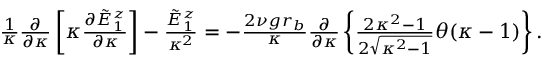
\begin{array} { r } { \frac { 1 } { \kappa } \frac { \partial } { \partial \kappa } \left[ \kappa \frac { \partial \tilde { E } _ { 1 } ^ { z } } { \partial \kappa } \right] - \frac { \tilde { E } _ { 1 } ^ { z } } { \kappa ^ { 2 } } = - \frac { 2 \nu g r _ { b } } { \kappa } \frac { \partial } { \partial \kappa } \left\{ \frac { 2 \kappa ^ { 2 } - 1 } { 2 \sqrt { \kappa ^ { 2 } - 1 } } \theta ( \kappa - 1 ) \right\} . } \end{array}